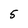
Character: 5